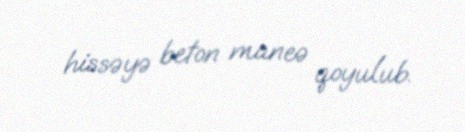
hissəyə beton maneə qoyulub.